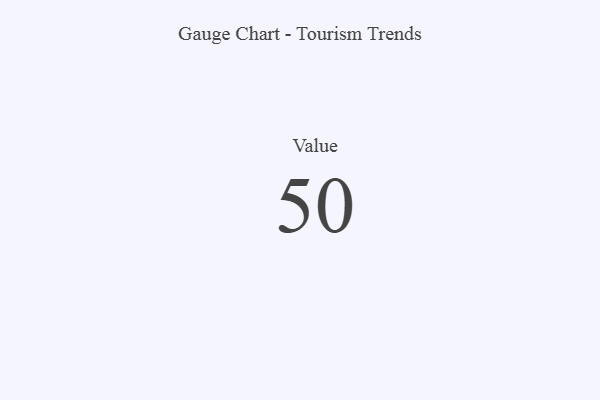
{"axis": {"x": "Metric", "y": "Value"}, "legend": [""], "data": [{"x": "Value", "y": 50, "type": ""}]}